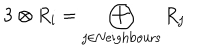
{ \bf 3 } \otimes R _ { i } = \bigoplus _ { j \in \mathrm { N e i g h b o u r s } } R _ { j }